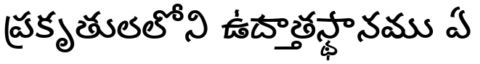
ప్రకృతులలోని ఉదాత్తస్థానము ఏ